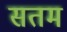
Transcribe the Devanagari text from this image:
सतम